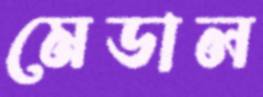
মেডাল